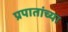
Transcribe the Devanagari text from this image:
प्रपातांच्या